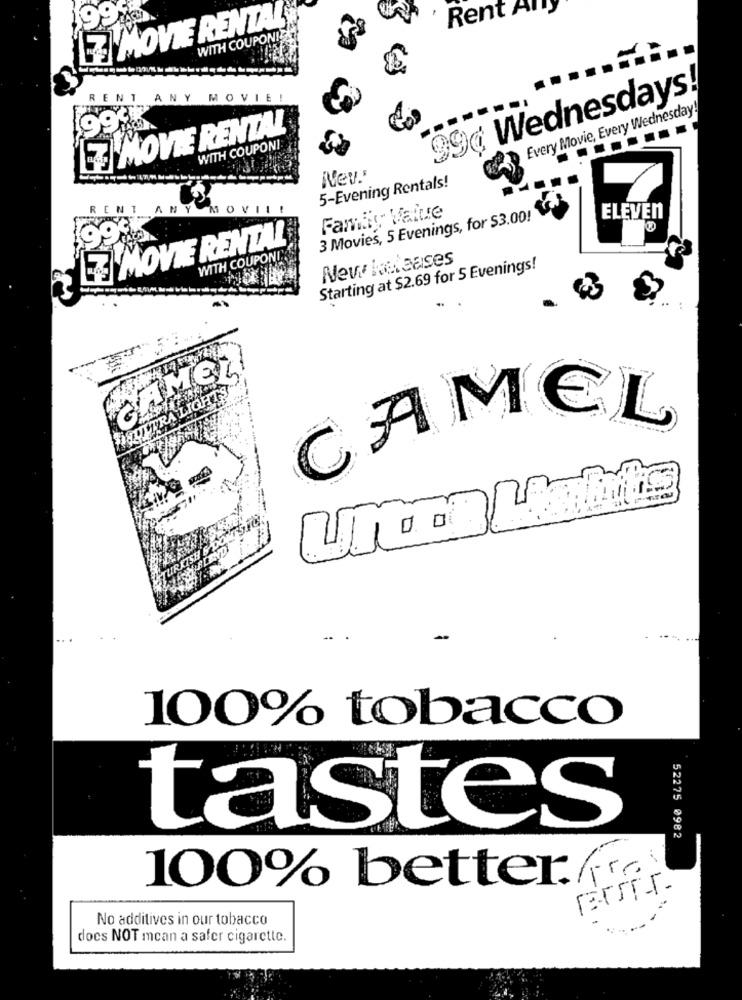
Rent A
199k
ZMOVIE RENTAL
WITH COUPONI
99¢ Wednesdays!
RENT ANY
MOVIE!
Every Movie, Every Wednesday!
LE MOVIE RENTAL
WITH COUPON !:
Ney.'
5-Evening Rentals!
RENT
Family Value
3 Movies, 5 Evenings, for $3.00!
ELEVEN
99do
L& MOVIE RENTAL
WITH COUPONDER
New loleases
Starting at $2.69 for 5 Evenings!
TRA LIGHT
CAMEL
URKIS
100% tobacco
tastes
52275 0982
100% better.fra
ГЕГЛЕ-Г-
No additives in our tobacco
docs NOT mcan a safer cigarette.